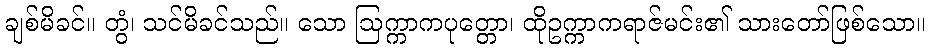
ချစ်မိခင်။ တွံ၊ သင်မိခင်သည်။ သော ဩက္ကာကပုတ္တော၊ ထိုဥက္ကာကရာဇ်မင်း၏ သားတော်ဖြစ်သော။